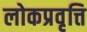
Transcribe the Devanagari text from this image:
लोकप्रवृत्ति